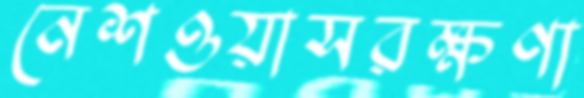
নেশওয়াসরক্ষণা